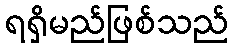
ရရှိမည်ဖြစ်သည်